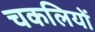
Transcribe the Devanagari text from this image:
चकलियों